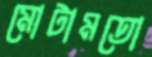
মোটামতো